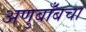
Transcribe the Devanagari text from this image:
अणुबाँबचा